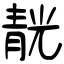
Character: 靗